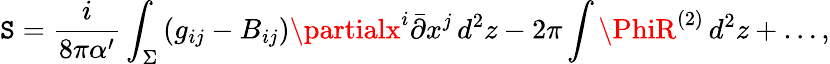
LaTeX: \mathtt{S}=\frac{i}{{8\pi\alpha^{\prime}}}\int_{\Sigma}\left(g_{ij}-B_{ij}\right)\partialx^{i}\bar{{\partial}}x^{j}\, d^{2}z-2\pi\int\PhiR^{(2)}\, d^{2}z+\ldots,